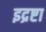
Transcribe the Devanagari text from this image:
इद्रष्टा